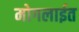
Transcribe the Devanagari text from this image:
मोगलाईत